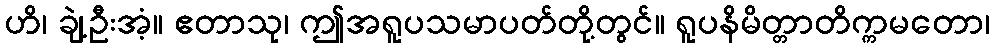
ဟိ၊ ချဲ့ဦးအံ့။ ဧတာသု၊ ဤအရူပသမာပတ်တို့တွင်။ ရူပနိမိတ္တာတိက္ကမတော၊